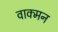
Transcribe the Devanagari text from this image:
वाक्मन